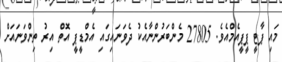
މައި ޕާޓީ ޕީޕީއެމްއެވެ. 27805 މެންބަރުންނާއެކު ދެވަނައިގައި އެމްޑީޕީ އޮތް އިރު ތިންވަނައަށް